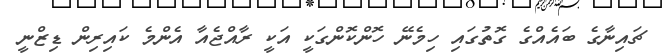
ޗައިނާގެ ބައެއްގެ ގޮތުގައި ހިމެނޭ ހޮންކޮންގަކީ އަކީ ރާއްޖެއާ އެންމެ ކައިރިން ޑިޒްނީ